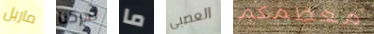
ماربل تحركنا ما العصبى معظمكم